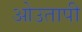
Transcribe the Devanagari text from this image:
ओउतापी